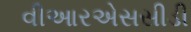
વીઆરએસસીડી